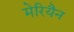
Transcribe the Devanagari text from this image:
मेरियैन